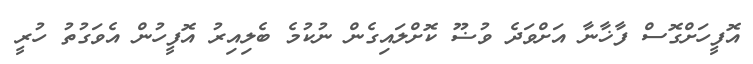
އޮފީހަށްގޮސް ފާޚާނާ އަށްވަދެ ވުޟޫ ކޮށްލައިގެން ނުކުމެ ބެލިއިރު އޮފީހުން އެވަގުތު ހުރީ